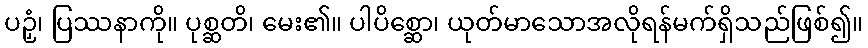
ပဉှံ၊ ပြဿနာကို။ ပုစ္ဆတိ၊ မေး၏။ ပါပိစ္ဆော၊ ယုတ်မာသောအလိုရန်မက်ရှိသည်ဖြစ်၍။